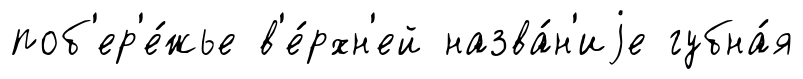
поб'ер'е́жье в'е́рхн'ей назва́н'иjе губна́я